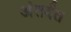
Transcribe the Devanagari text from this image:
अंतर्दंत